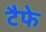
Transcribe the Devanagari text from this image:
टैफे